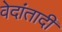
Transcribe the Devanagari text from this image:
वेदांतादी